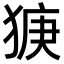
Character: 㹹